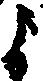
よ